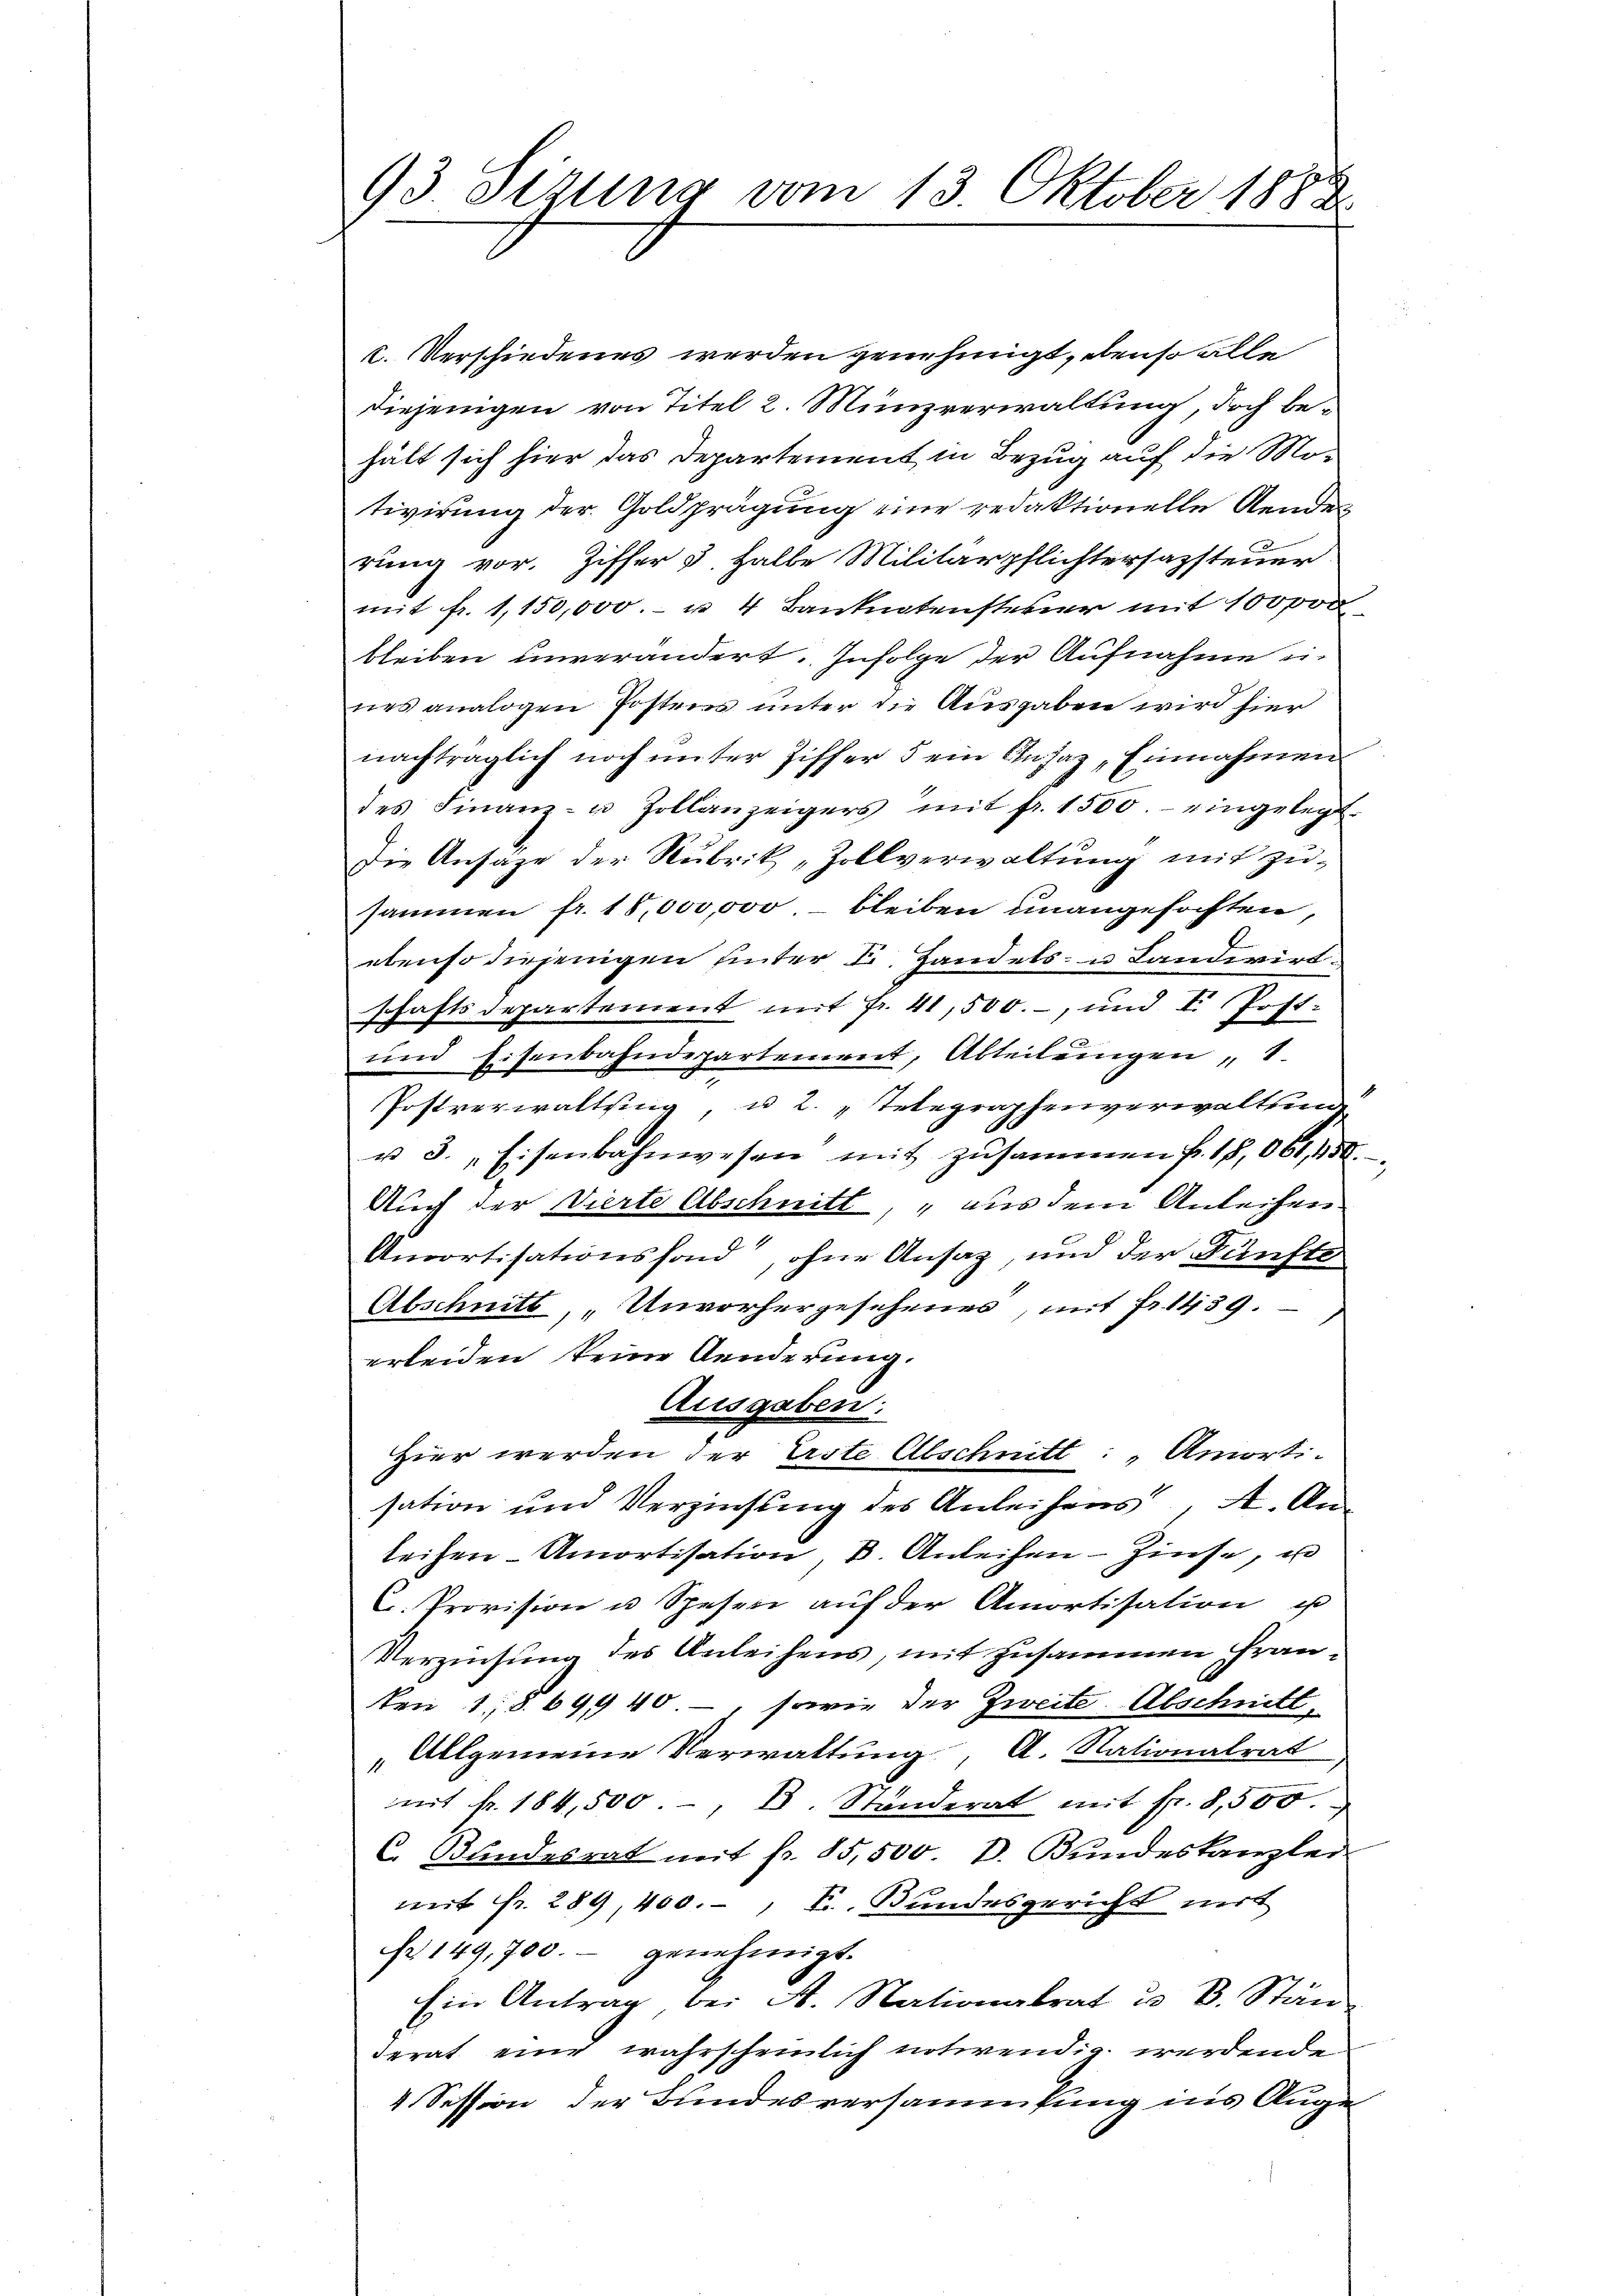
93 Sizung vom 13. Oktober 1883

c. Verschiedenes werden genehmigt, denso alle
diejenigen von Titel 2. Münzverwaltung, doch behält sich hier das Departement in Bezug auf die Motivirung der Goldprägung eine redaktionelle Aenden
rung vor. Ziffer 5. halbe Militärpflichtersazsteuer
mit fr. 1,150,000.- u. 4 Banknotensteuer mit 100000
bleiben unverändert. Infolge der Aufnahme ei-
nes analogen Postens unter die Ausgaben wird hier
nachträglich noch ŭnter Ziffer 5 ein Ansatz „Einnahmen
des Finanz- u Zollanzeigers mit fr. 1500.- eingelegt.
Die Ansähe der Rubrik „Zollverwaltung mit zusammen fr. 18,000,000.- bleiben unangefochten,
ebenso diejenigen hinter Fr. Handels- u Landwirt.
schaftsdepartement mit Fr. 41,500.-, und I. Post-
und Eisenbahndepartement, Abteilungen, 8.
Postverwaltung, u 2. Telegraphenverwaltun
u 3. „Eisenbahnwesen mit zusammen fr. 18,061,50
Auch der Vierte Abschnitt aus dem Anleihen
Amortisationsfond“, ohne Ansaz, und der Fünfte
Abschnitt, „Unvorhergesehenes, mit Fr. 1439
erleiden keine Aenderung.
Ausgaben:
Hier werden der Erste Abschnitt: Amortisation und Verzinsung des Anleihens, A. Anleihen- Amortisation, d. Anleihen - Zinse, u
C. Provision u Speser auf der Amortisation u
Verziehung des Anleihens, mit zusammen Fran¬
Den 18. 69940, sowie der Zweite. Abschnitt,
„Allgemeine Verwaltung, A. Nationalrat
mmt fr. 184,500. d. Standerat mit fr. 8,500.
C. Bundesrat mit fr. 85,500 d. Bundeskanzlei
mit Fr. 289, 400., S. Bundesgericht mit
Nr 149,700.- genehmigt.
Ein Antrag bei A. Nationalrat u. k. Stän-
derat eine wahrscheinlich notwendig werdende
4 Session der Bundesversammlung ins Auge